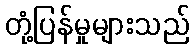
တုံ့ပြန်မှုများသည်